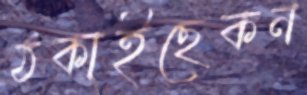
ঠকাইছেকন